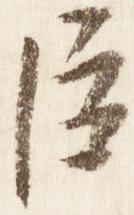
臣